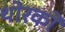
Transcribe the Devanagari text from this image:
थोरको